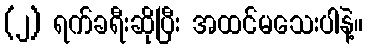
(၂) ရက်ခရီးဆိုပြီး အထင်မသေးပါနဲ့။